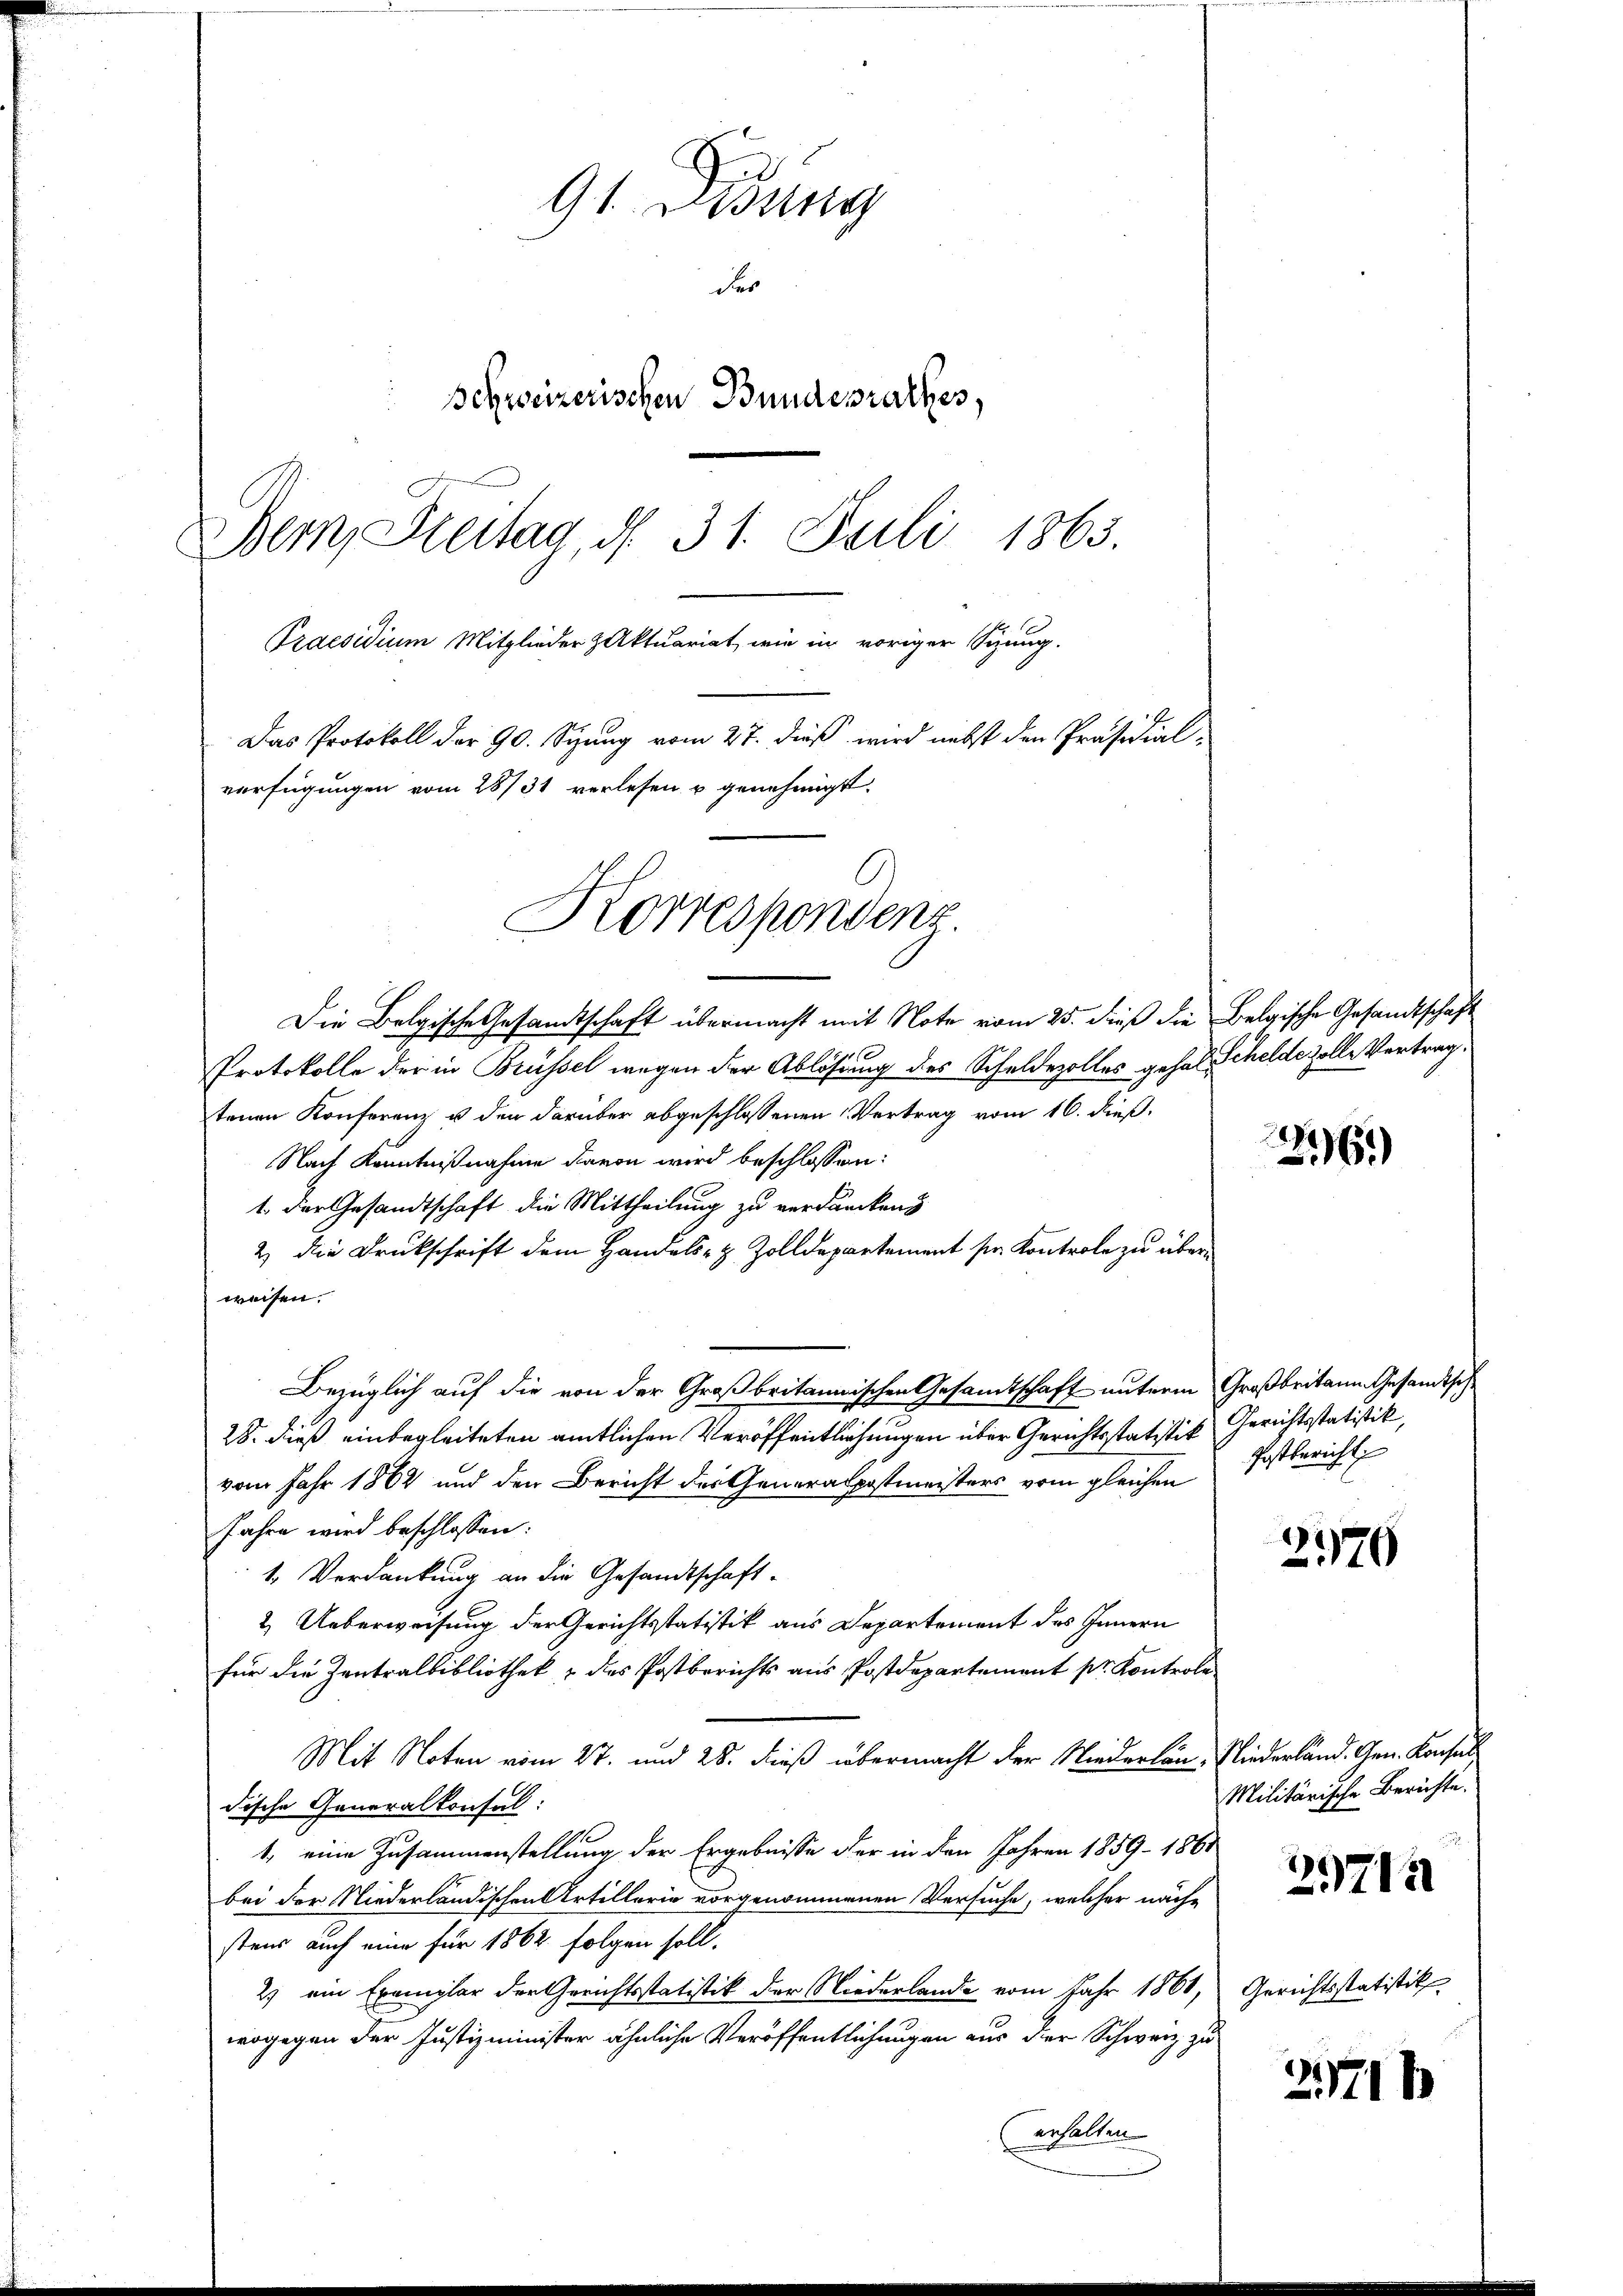
d
91. Lesung
der
schweizerischen Bundesrathes,
Dem, Freitag, d. 31. Juli 1865.
Praesidium Mitglieder Aktuariat, wie in voriger Sizung.
Das Protokoll der 90. Siung vom 27. dieß wird nebst den Präsidial-
verfügungen vom 28/31 verlesen u genehmigt.

Korrespondenz

Die Belgische Gesandtschaft übermacht mit Note vom 25. dieß die Belgische Gesandtschaft
Protokolle der in Brüssel wegen der Ablösung des Schuldezolles gehalt Schelde solle Vertrag
tenen Konferenz u den darüber abgeschlossenen Vertrag vom 16. dieß.
Nach Kenntnißnahme davon wird beschlossen:
1. Der Gesandtschaft die Mittheilung zu verdancken
2) die Druckschrift dem Handels- & Zolldepartement ser Kontrole zu überweisen.
Bezüglich auf die von der Großbritannischen Gesamtschaft unterm Großbritann Gesandtsche
28. dieß einbegleiteten amtlichen Veröffentlichungen über Gerichtsstatistik
vom Jahr 1862 und den Bericht des Generalpostmeisters vom gleichen
Jahre wird beschlossen:
1. Verdankung an die Gesandtschaft-
& Ueberweisung der Gerichtsstatitik aus Departement des Innern
für die Zentralbibliothek & des Postberichts aus Postdepartement pr. Kontrole
Mit Noten vom 27. und 28. dieß übermacht der Niederlan-Niederländ. Gen. Konsul
dische Generalkonsul:
1, eine Zusammenstellung der Ergebnisse der in den Jahren 1859–1861
bei der Niederländischen Artillerie vorgenommenen Versuche, welcher näche
stens auch eine für 1862 folgen soll.
2) ein Exemplar der Gerichtsstatistik der Niederlande vom Jahr 1861,
wogegen der Justizminister ähnliche Veröffentlichungen aus der Schwarz zu
erhalten

d
261)

Gerichtsstatistik,
Postbericht

2570

Militärische Berichte.

29712

Gerichtsstatistik

271